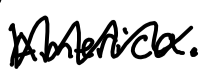
Text: America.
Cross-out: zig-zag
Writing tool: digital_black